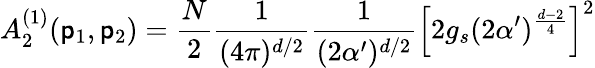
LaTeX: A_{2}^{(1)}(\mathsf{p}_{1},\mathsf{p}_{2})=\frac{{N}}{{2}}\frac{{1}}{{(4\pi)^{d/2}}}\frac{{1}}{{(2\alpha^{\prime})^{d/2}}}\left[2g_{s}(2\alpha^{\prime})^{\frac{{d-2}}{{4}}}\right]^{2}